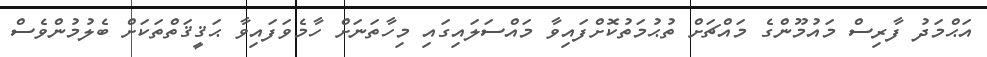
އަޙްމަދު ފާރިސް މައުމޫންގެ މައްޗަށް ތުޙުމަތުކޮށްފައިވާ މައްސަލައިގައި މިހާތަނަށް ހާމެވަފައިވާ ޙަޤީޤަތްތަކަށް ބެލުމުންވެސް